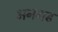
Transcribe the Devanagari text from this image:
अनगढ